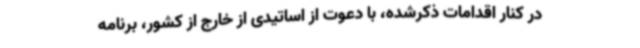
در کنار اقدامات ذکرشده، با دعوت از اساتیدی از خارج از کشور، برنامه